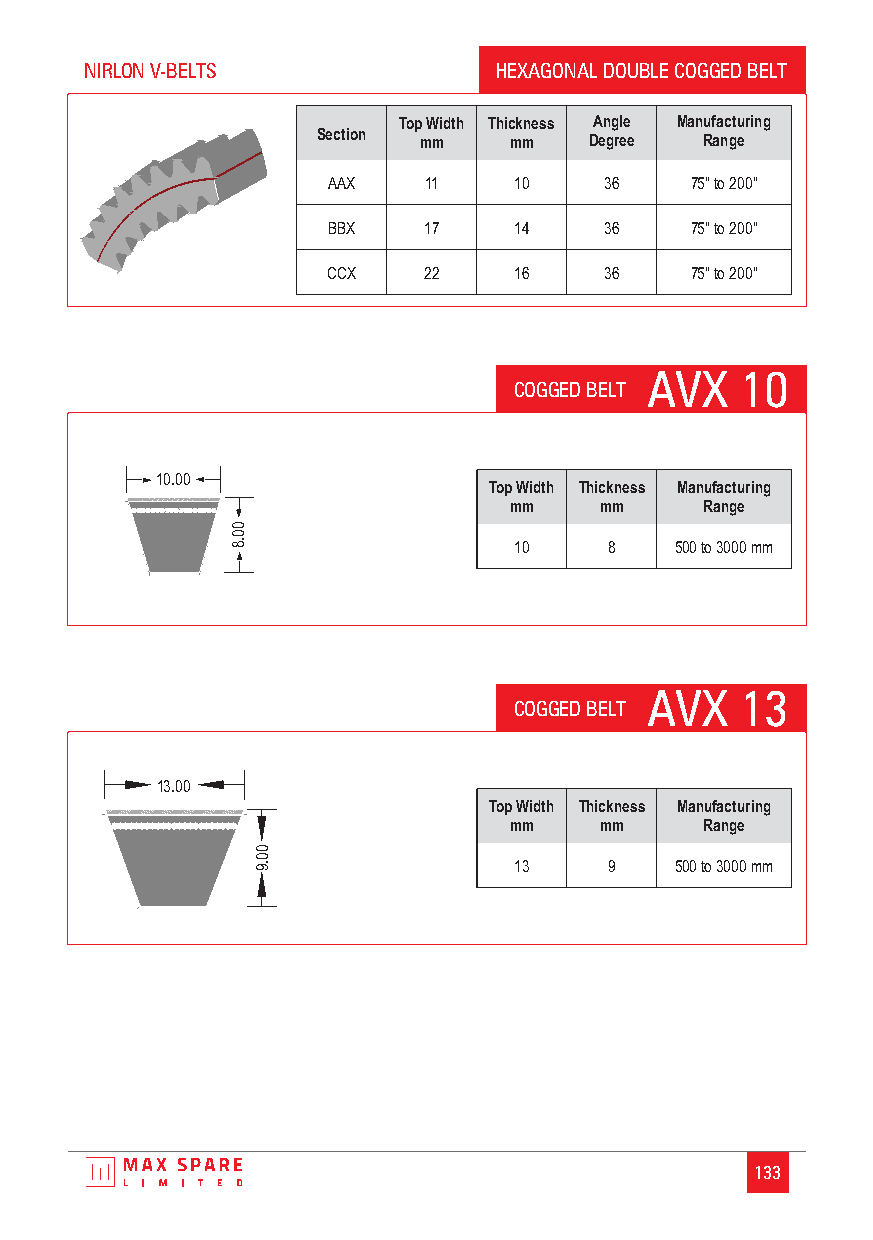
NIRLON V-BELTS             HEXAGONAL DOUBLE COGGED BELT
 Top Width Thickness Angle Manufacturing
 Section mm   mm   Degree  Range
 AAX   11    10    36    75" to 200"
 BBX   17    14    36    75" to 200"
 CCX   22    16    36    75" to 200"
 AVX   10
 COGGED BELT
 10.00
 Top Width Thickness Manufacturing
 mm    mm     Range
 0
 0
 8.                 10    8    500 to 3000 mm
 AVX   13
 COGGED BELT
 13.00
 Top Width Thickness Manufacturing
 mm    mm     Range
 0
 0
 9.               13    9    500 to 3000 mm
 133